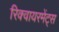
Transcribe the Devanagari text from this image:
रिक्वायरमेंट्स